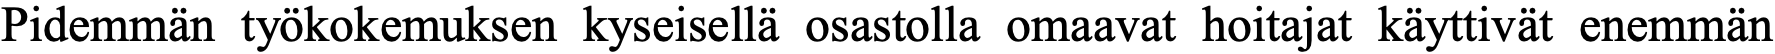
Pidemmän työkokemuksen kyseisellä osastolla omaavat hoitajat käyttivät enemmän